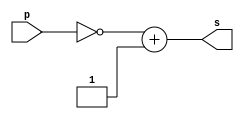
// -------------------------
// Exercicio07Extra
// Nome: Willian Antonio dos Santos
// -------------------------
// -------------------------
// -- complemento de 2
// -------------------------
module comp2Byte (output [7:0] s, input [7:0] p);
       assign s = (~p + 1);
endmodule // comp2Byte
// -------------------------
// Testes complemento de 2
// -------------------------
module exercicio_07;
   // ------------------------- definir dados
   reg [7:0] a;
   wire [7:0] s;
   // ------------------------- instancia
   comp2Byte comp21 (s, a);
   // ------------------------- preparacao
   initial begin:start
           // valores iniciais
           a=0;
   end
   // ------------------------- parte principal
   initial begin:main
           $display("Exercicio07 - Willian Antonio dos Santos - 462020");
           $display("Calcula complemento de 2 de um numero, 1 byte...");
           $monitor("comp2( %b ) = %b", a, s);
           a = 0;
           repeat (255) begin
                  #1 a = a + 1;
           end
   end
endmodule // exercicio